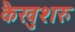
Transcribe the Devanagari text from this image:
कैखुशरु